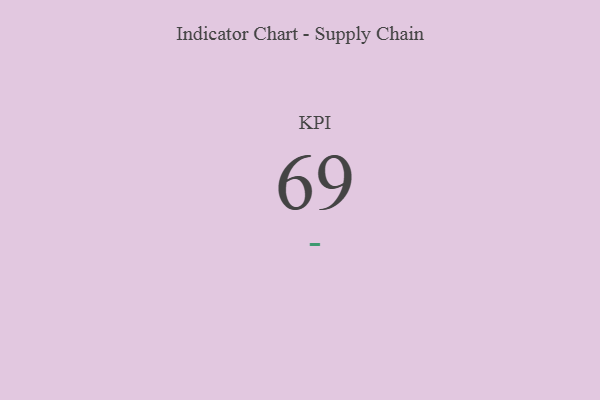
{"axis": {"x": "KPI", "y": "Value"}, "legend": [""], "data": [{"x": "KPI", "y": 69, "type": ""}]}